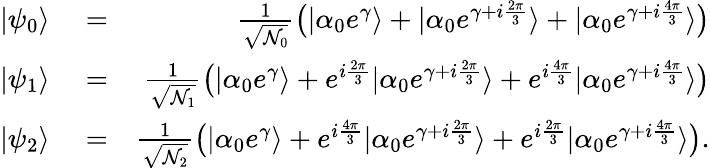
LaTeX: \begin{array}{rlr}{|\psi_{0}\rangle}&{{}=}&{\frac{1}{\sqrt{\mathcal{N}_{0}}}\big(|\alpha_{0}e^{\gamma}\rangle+|\alpha_{0}e^{\gamma+i\frac{2\pi}{3}}\rangle+|\alpha_{0}e^{\gamma+i\frac{4\pi}{3}}\rangle\big)}\\ {|\psi_{1}\rangle}&{{}=}&{\frac{1}{\sqrt{\mathcal{N}_{1}}}\big(|\alpha_{0}e^{\gamma}\rangle+e^{i\frac{2\pi}{3}}|\alpha_{0}e^{\gamma+i\frac{2\pi}{3}}\rangle+e^{i\frac{4\pi}{3}}|\alpha_{0}e^{\gamma+i\frac{4\pi}{3}}\rangle\big)}\\ {|\psi_{2}\rangle}&{{}=}&{\frac{1}{\sqrt{\mathcal{N}_{2}}}\big(|\alpha_{0}e^{\gamma}\rangle+e^{i\frac{4\pi}{3}}|\alpha_{0}e^{\gamma+i\frac{2\pi}{3}}\rangle+e^{i\frac{2\pi}{3}}|\alpha_{0}e^{\gamma+i\frac{4\pi}{3}}\rangle\big).}\end{array}